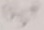
Text: U5+